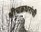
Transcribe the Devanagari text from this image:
श्रीचक्रधरांची